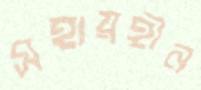
সহায়হীন